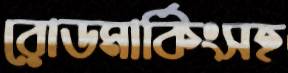
রোডমার্কিংসহ